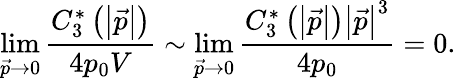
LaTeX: \operatorname*{lim}_{\vec{p}\rightarrow 0}\frac{C_{3}^{*}\left(\left|\vec{p}\right|\right)}{4p_{0}V}\sim\operatorname*{lim}_{\vec{p}\rightarrow 0}\frac{C_{3}^{*}\left(\left|\vec{p}\right|\right)\left|\vec{p}\right|^{3}}{4p_{0}}=0.